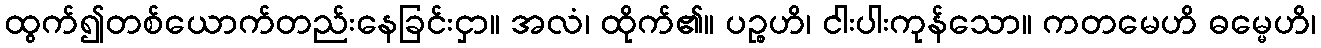
ထွက်၍တစ်ယောက်တည်းနေခြင်းငှာ။ အလံ၊ ထိုက်၏။ ပဉ္စဟိ၊ ငါးပါးကုန်သော။ ကတမေဟိ ဓမ္မေဟိ၊